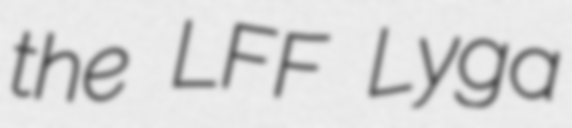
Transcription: the LFF Lyga